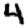
Digit: 4